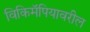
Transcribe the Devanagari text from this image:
विकिमॅपियावरील